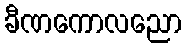
ခီဏကောလညော